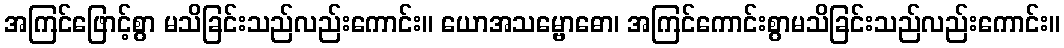
အကြင်ဖြောင့်စွာ မသိခြင်းသည်လည်းကောင်း။ ယောအသမ္ဗောဓော၊ အကြင်ကောင်းစွာမသိခြင်းသည်လည်းကောင်း။